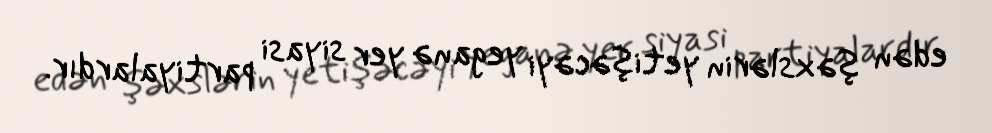
edən şəxslərin yetişəcəyi yeganə yer siyasi partiyalardır.